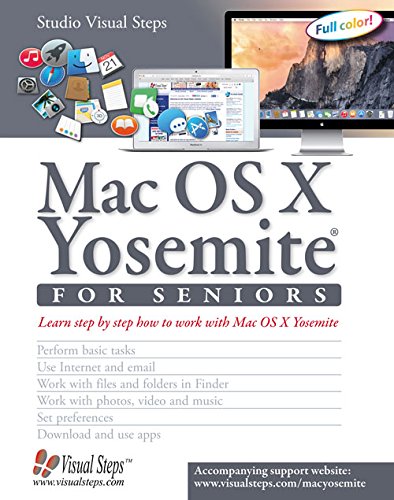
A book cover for Mac OS X Yosemite for Seniors: Learn Step by Step How to Work with Mac OS X Yosemite (Computer Books for Seniors series); Studio Visual Steps; Computers & Technology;